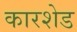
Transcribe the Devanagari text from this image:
कारशेड